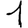
Digit: 1